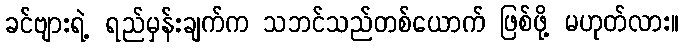
ခင်ဗျားရဲ့ ရည်မှန်းချက်က သဘင်သည်တစ်ယောက် ဖြစ်ဖို့ မဟုတ်လား။